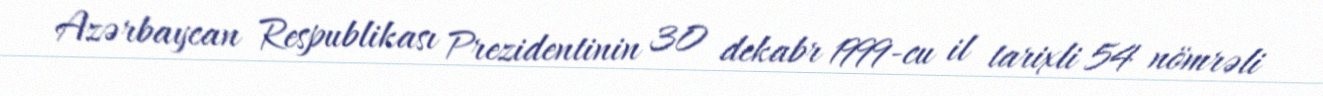
Azərbaycan Respublikası Prezidentinin 30 dekabr 1999-cu il tarixli 54 nömrəli